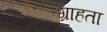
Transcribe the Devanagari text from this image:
ग्राहता